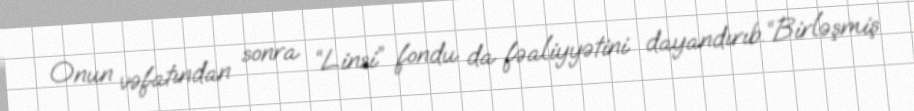
Onun vəfatından sonra “Linsi” fondu da fəaliyyətini dayandırıb.“Birləşmiş